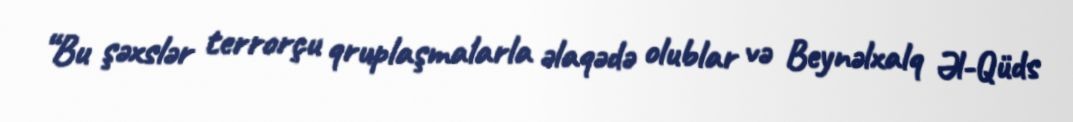
“Bu şəxslər terrorçu qruplaşmalarla əlaqədə olublar və Beynəlxalq Əl-Qüds